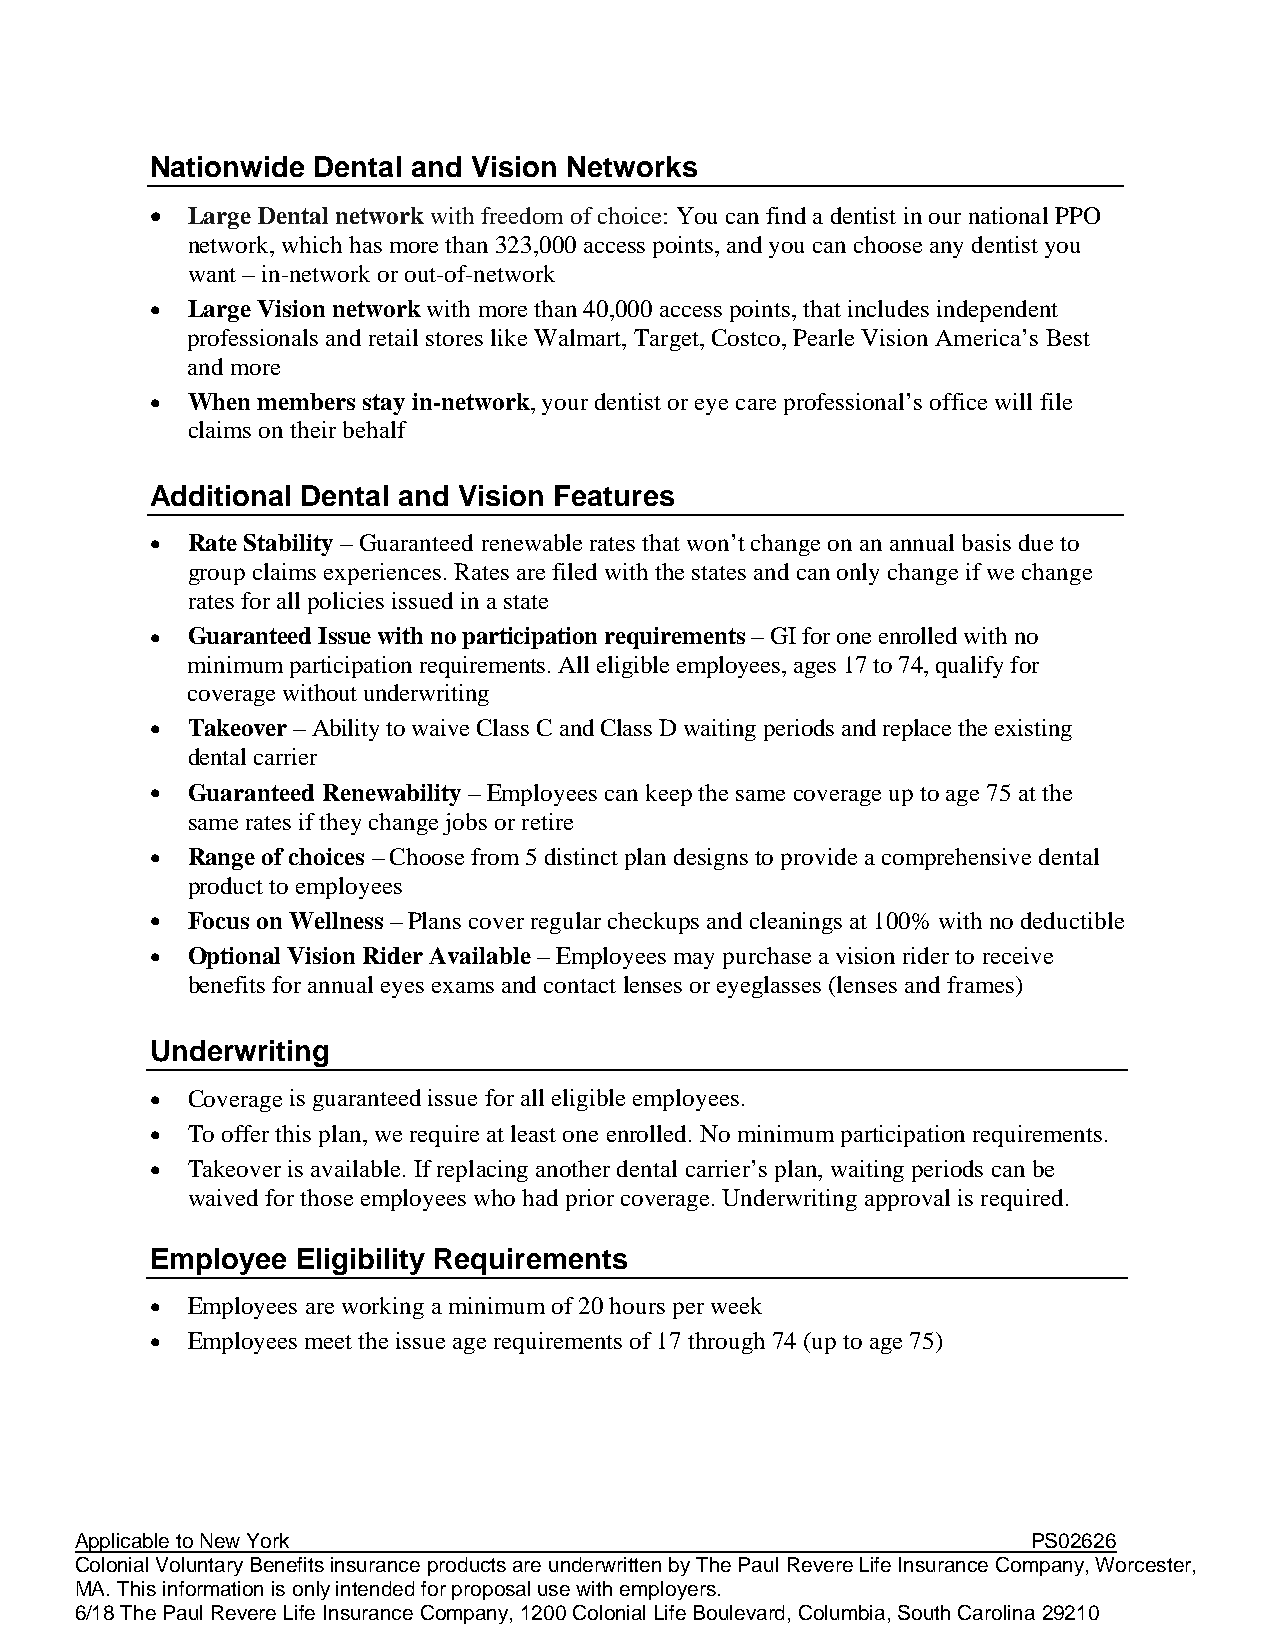
Nationwide Dental and Vision Networks
  Large Dental network with freedom of choice: You can find a dentist in our national PPO
 network, which has more than 323,000 access points, and you can choose any dentist you
 want – in-network or out-of-network
  Large Vision network with more than 40,000 access points, that includes independent
 professionals and retail stores like Walmart, Target, Costco, Pearle Vision America’s Best
 and more
  When members stay in-network, your dentist or eye care professional’s office will file
 claims on their behalf
 Additional Dental and Vision Features
  Rate Stability – Guaranteed renewable rates that won’t change on an annual basis due to
 group claims experiences. Rates are filed with the states and can only change if we change
 rates for all policies issued in a state
  Guaranteed Issue with no participation requirements – GI for one enrolled with no
 minimum participation requirements. All eligible employees, ages 17 to 74, qualify for
 coverage without underwriting
  Takeover – Ability to waive Class C and Class D waiting periods and replace the existing
 dental carrier
  Guaranteed Renewability – Employees can keep the same coverage up to age 75 at the
 same rates if they change jobs or retire
  Range of choices – Choose from 5 distinct plan designs to provide a comprehensive dental
 product to employees
  Focus on Wellness – Plans cover regular checkups and cleanings at 100% with no deductible
  Optional Vision Rider Available – Employees may purchase a vision rider to receive
 benefits for annual eyes exams and contact lenses or eyeglasses (lenses and frames)
 Underwriting
  Coverage is guaranteed issue for all eligible employees.
  To offer this plan, we require at least one enrolled. No minimum participation requirements.
  Takeover is available. If replacing another dental carrier’s plan, waiting periods can be
 waived for those employees who had prior coverage. Underwriting approval is required.
 Employee  Eligibility Requirements
  Employees are working a minimum of 20 hours per week
  Employees meet the issue age requirements of 17 through 74 (up to age 75)
 Applicable to New York                                         PS02626
 Colonial Voluntary Benefits insurance products are underwritten by The Paul Revere Life Insurance Company, Worcester,
 MA. This information is only intended for proposal use with employers.
 6/18 The Paul Revere Life Insurance Company, 1200 Colonial Life Boulevard, Columbia, South Carolina 29210